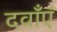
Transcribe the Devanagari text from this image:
दवाँएं